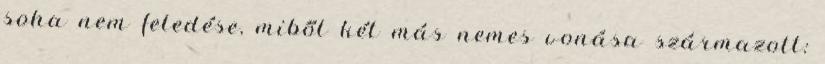
soha nem feledése, miből két más nemes vonása származott: